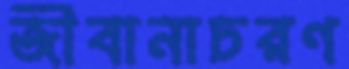
জীবানাচরণ